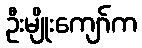
ဦးမျိုးကျော်က